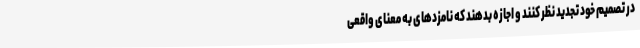
در تصمیم خود تجدید نظر کنند و اجازه بدهند که نامزدهای به معنای واقعی